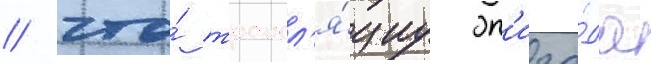
/ что́ трансл'я́циу эп'изо́да